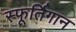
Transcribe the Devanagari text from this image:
स्फूर्तिगान